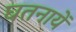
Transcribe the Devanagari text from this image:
घतनायें